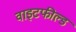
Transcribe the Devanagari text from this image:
वाइटफील्ड